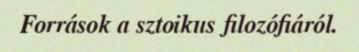
Források a sztoikus filozófiáról.